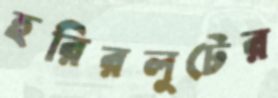
হরিরলুটের